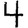
Digit: 4